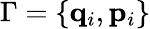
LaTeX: \Gamma=\{ \mathbf{q}_{i},\mathbf{p}_{i}\}